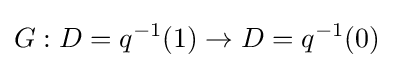
G:D=q^{-1}(1)\to D=q^{-1}(0)